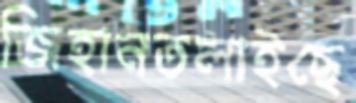
জিহানতলাইছে